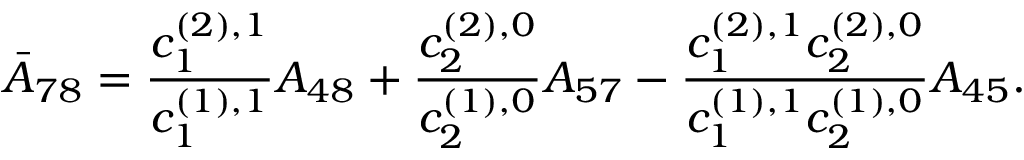
\bar { A } _ { 7 8 } = \frac { c _ { 1 } ^ { ( 2 ) , 1 } } { c _ { 1 } ^ { ( 1 ) , 1 } } A _ { 4 8 } + \frac { c _ { 2 } ^ { ( 2 ) , 0 } } { c _ { 2 } ^ { ( 1 ) , 0 } } A _ { 5 7 } - \frac { c _ { 1 } ^ { ( 2 ) , 1 } c _ { 2 } ^ { ( 2 ) , 0 } } { c _ { 1 } ^ { ( 1 ) , 1 } c _ { 2 } ^ { ( 1 ) , 0 } } A _ { 4 5 } .